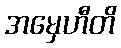
အမှေဟီတိ